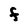
Character: F